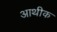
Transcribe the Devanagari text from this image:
आथीक